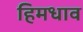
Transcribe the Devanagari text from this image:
हिमधाव